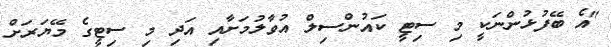
"އެ ބޭފުޅުންނަކީ މި ސިޓީ ކައުންސިލް އުވާލުމަށާއި އަދި މި ސިޓީގެ މޭޔަރަށް